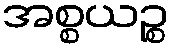
အစ္စယဉ္စ